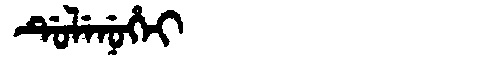
Manchu: ᡩᡠᠯᡝᠨᡠᡥᡝᡳ
Romanization: DULENUHEI